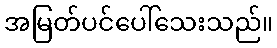
အမြတ်ပင်ပေါ်သေးသည်။